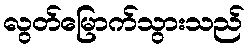
လွတ်မြောက်သွားသည်